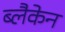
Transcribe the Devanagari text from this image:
ब्लैकेन